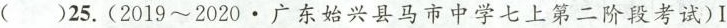
（）25.(2019~2020.广东始兴县马市中学七上第二阶段考试)Ⅰ